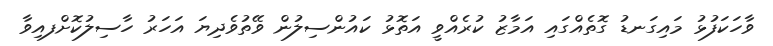
ވާހަކަފުޅު މައިގަނޑު ގޮތެއްގައި އަމާޒު ކުރެއްވީ އަތޮޅު ކައުންސިލުން ވޭތުވެދިޔަ އަހަރު ހާސިލުކޮށްފއިވާ